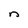
Character: n